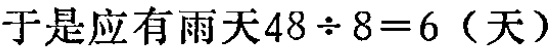
于是应有雨天\(48\div 8 = 6\)（天）